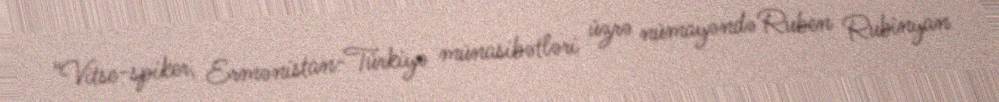
“Vitse-spiker, Ermənistan-Türkiyə münasibətləri üzrə nümayəndə Ruben Rubinyan